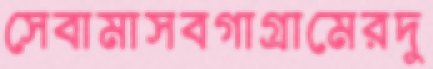
সেবামাসবগাগ্রামেরদু